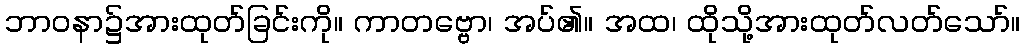
ဘာဝနာ၌အားထုတ်ခြင်းကို။ ကာတဗ္ဗော၊ အပ်၏။ အထ၊ ထိုသို့အားထုတ်လတ်သော်။